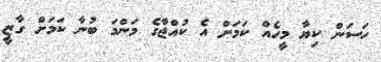
ހަސަން ކިޔާ މީހެއް ކަމަށް އެ ކުއްޖާގެ މަންމަ ބުނާ ކަމަށް ގާޒީ